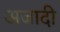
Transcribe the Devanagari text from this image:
अजादी